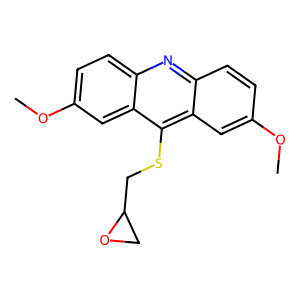
SMILES: COc1ccc2nc3ccc(OC)cc3c(SCC3CO3)c2c1
Inhibits HIV replication: No